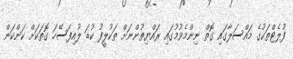
ފުލެޓްތަކުގެ މައްސަލާގައި ގޮތް ނިންމެވުމުގައި ރައްޔިތުންނަށް ތަކުލީފު ކުޑަ ލުއިފަސޭހަ ގޮތަކަށް ކަންކަން